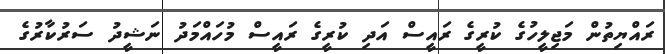
ރައްޔިތުން މަޖިލީހުގެ ކުރީގެ ރައީސް އަދި ކުރީގެ ރައީސް މުހައްމަދު ނަޝީދު ސަރުކާރުގެ